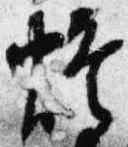
灯